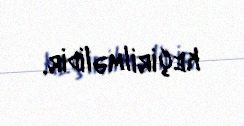
keçirilməlidir.